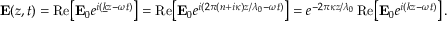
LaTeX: \mathbf { E } ( z , t ) = \operatorname { R e } \! \left[ \mathbf { E } _ { 0 } e ^ { i ( { \underline { { k } } } z - \omega t ) } \right] = \operatorname { R e } \! \left[ \mathbf { E } _ { 0 } e ^ { i ( 2 \pi ( n + i \kappa ) z / \lambda _ { 0 } - \omega t ) } \right] = e ^ { - 2 \pi \kappa z / \lambda _ { 0 } } \operatorname { R e } \! \left[ \mathbf { E } _ { 0 } e ^ { i ( k z - \omega t ) } \right] .